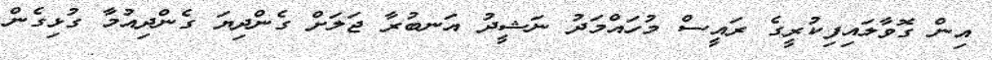
އިން ގޮވާލައިފިކުރީގެ ރައީސް މުހައްމަދު ނަޝީދު އަނބުރާ ޖަލަށް ގެންދިޔަ ގެންދިއުމާ ގުޅިގެން